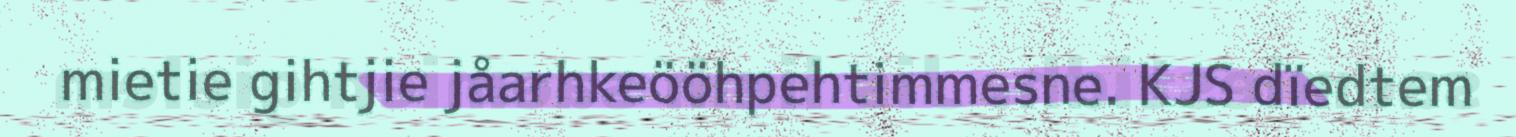
mietie gihtjie jåarhkeööhpehtimmesne. KJS dïedtem